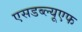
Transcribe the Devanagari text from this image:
एसडब्ल्यूएफ